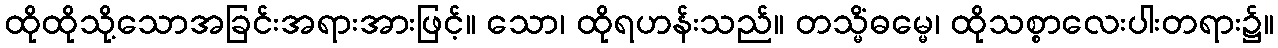
ထိုထိုသို့သောအခြင်းအရားအားဖြင့်။ သော၊ ထိုရဟန်းသည်။ တသ္မိံဓမ္မေ၊ ထိုသစ္စာလေးပါးတရား၌။